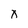
Character: x